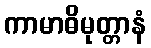
ကာမာဓိမုတ္တာနံ